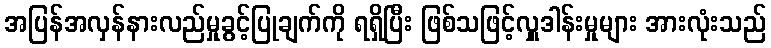
အပြန်အလှန်နားလည်မှုခွင့်ပြုချက်ကို ရရှိပြီး ဖြစ်သဖြင့်လှူဒါန်းမှုများ အားလုံးသည်